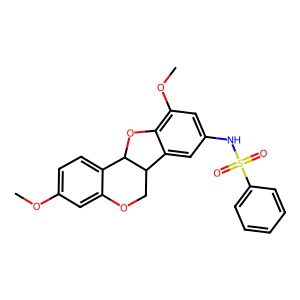
SMILES: COc1ccc2c(c1)OCC1c3cc(NS(=O)(=O)c4ccccc4)cc(OC)c3OC21
Inhibits HIV replication: No